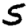
Digit: 5